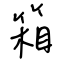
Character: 箱